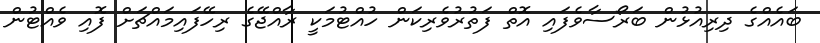
ބައެއްގެ ދިރިއުޅުން ބަރޯސާވެފައި އޮތް ފަތުރުވެރިކަން ހުއްޓުމަކީ ރާއްޖޭގެ ރިހޭފައިމައްޗަށް ފޮއި ވެއްޓުން